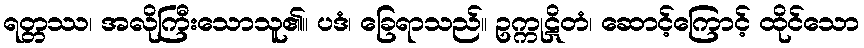
ရတ္တဿ၊ အလိုကြီးသောသူ၏။ ပဒံ၊ ခြေရာသည်။ ဥက္ကုဋိတံ၊ ဆောင့်ကြောင့် ထိုင်သော